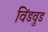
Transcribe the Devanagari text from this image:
विंडवुड